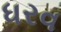
ધરવ